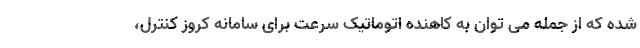
شده که از جمله می توان به کاهنده اتوماتیک سرعت برای سامانه کروز کنترل،